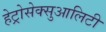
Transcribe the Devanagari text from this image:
हेट्रोसेक्सुआलिटी